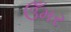
ઉઁમર